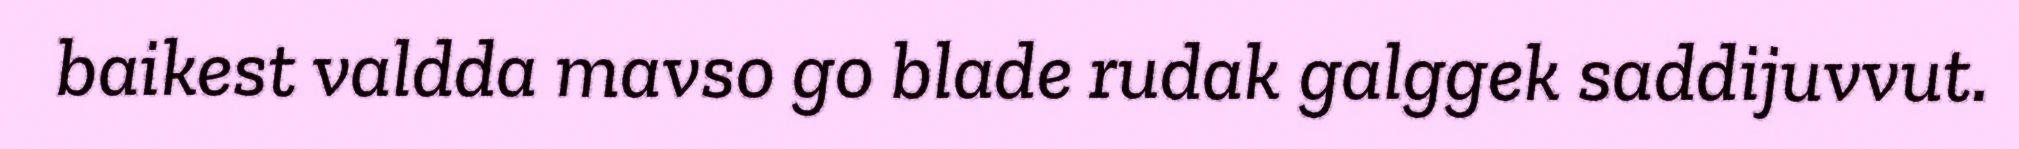
baikest valdda mavso go blade rudak galggek saddijuvvut.